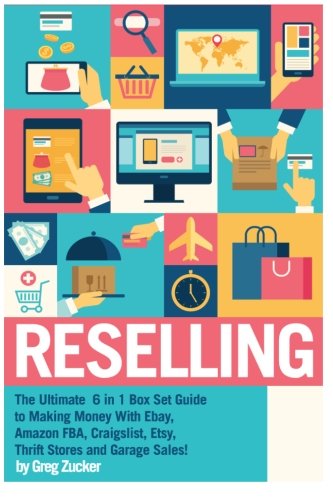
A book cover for Reselling: The Ultimate 6 in 1 Box Set Guide to Making Money With Ebay, Amazon FBA, Craigslist, Etsy, Thrift Stores and Garage Sales! (Amazon FBA - ... Online - Work From Home Job - Etsy Business); Greg Zucker; Computers & Technology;